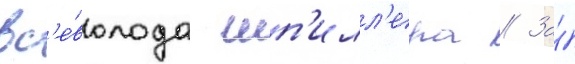
вс'е́волода шп'илл'ера // За́